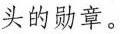
头的勋章。